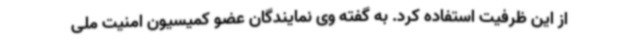
از این ظرفیت استفاده کرد. به گفته وی نمایندگان عضو کمیسیون امنیت ملی